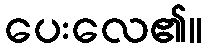
ပေးလေ၏။